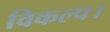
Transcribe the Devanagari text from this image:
विकल्प।